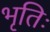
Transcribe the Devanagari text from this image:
भृतिः